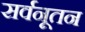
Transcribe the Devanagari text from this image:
सर्वनूतन